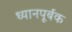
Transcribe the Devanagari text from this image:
ध्यानपूर्बक